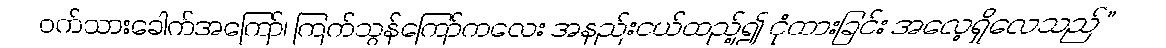
ဝက်သားခေါက်အကြော်၊ ကြက်သွန်ကြော်ကလေး အနည်းငယ်ထည့်၍ ငုံထားခြင်း အလေ့ရှိလေသည်”